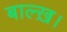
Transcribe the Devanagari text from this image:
बाल्ख़।